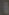
&